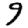
Digit: 9